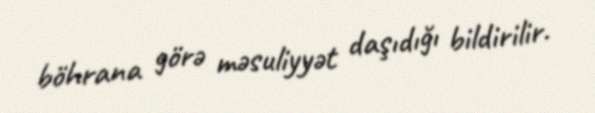
böhrana görə məsuliyyət daşıdığı bildirilir.